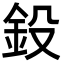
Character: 鈠